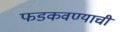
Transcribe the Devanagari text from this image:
फडकवण्याची